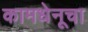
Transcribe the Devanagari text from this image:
कामधेनूचा